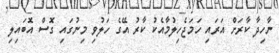
ނާހިދާ ކާރަށް އަރައި ހަމަޖެހިލުމާއެކު ކާރު އޭގެ ހަލުވި މިނުގައި ގޮސް އޮބައިލި